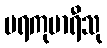
ပရကုမာရီသု